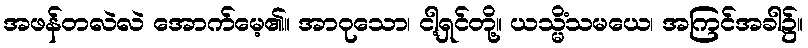
အဖန်တလဲလဲ အောက်မေ့၏။ အာဝုသော၊ ငါ့ရှင်တို့။ ယသ္မိံသမယေ၊ အကြင်အခါ၌။